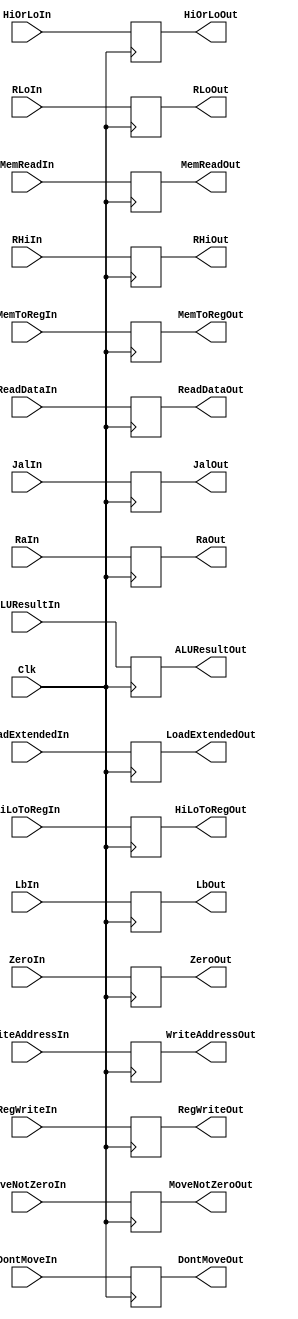
`timescale 1ns / 1ps
//////////////////////////////////////////////////////////////////////////////////
// Company: 
// Engineer: 
// 
// Design Name: 
// Module Name: MEM_WB
// Project Name: 
// Target Devices: 
// Tool Versions: 
// Description: 
// 
// Dependencies: 
// 
// Revision:
// Revision 0.01 - File Created
// Additional Comments:
// 
//////////////////////////////////////////////////////////////////////////////////


module MEM_WB(
    //inputs
    Clk,
    RegWriteIn,
    MoveNotZeroIn,
    DontMoveIn,
    HiOrLoIn,
    MemToRegIn,
    HiLoToRegIn,
    RHiIn,
    RLoIn,
    ZeroIn,
    ALUResultIn,
    WriteAddressIn,
    ReadDataIn,
    LbIn,
    LoadExtendedIn,
    // Extra input for forwarding
    MemReadIn,
    //outputs
    RegWriteOut,
    MoveNotZeroOut,
    DontMoveOut,
    HiOrLoOut,
    MemToRegOut,
    HiLoToRegOut,
    RHiOut,
    RLoOut,
    ZeroOut,
    ALUResultOut,
    WriteAddressOut,
    ReadDataOut,
    LbOut,
    LoadExtendedOut,
    // Extra output for forwarding
    MemReadOut,
    // Jal
    JalIn,
    JalOut,
    RaIn,
    RaOut
);
    
    
    input [31:0] RHiIn, RLoIn, ALUResultIn, ReadDataIn, RaIn;
    input [4:0] WriteAddressIn;
    input Clk, ZeroIn, RegWriteIn, MoveNotZeroIn, DontMoveIn, HiOrLoIn, MemToRegIn, HiLoToRegIn, LbIn, LoadExtendedIn, MemReadIn, JalIn;
    
    output reg [31:0] RHiOut, RLoOut, ALUResultOut, ReadDataOut, RaOut;
    output reg [4:0] WriteAddressOut;
    output reg RegWriteOut, ZeroOut, MoveNotZeroOut, DontMoveOut, HiOrLoOut, MemToRegOut, HiLoToRegOut, LbOut, LoadExtendedOut, MemReadOut, JalOut;
    
    always @(negedge Clk) begin
        RHiOut <= RHiIn;
        RLoOut <= RLoIn;
        ZeroOut <= ZeroIn;
        ALUResultOut <= ALUResultIn;
        ReadDataOut <= ReadDataIn;
        WriteAddressOut <= WriteAddressIn;
        RegWriteOut <= RegWriteIn;
        MoveNotZeroOut <= MoveNotZeroIn;
        DontMoveOut <= DontMoveIn;
        HiOrLoOut <= HiOrLoIn;
        MemToRegOut <= MemToRegIn;
        HiLoToRegOut <= HiLoToRegIn;
        LbOut <= LbIn;
        LoadExtendedOut <= LoadExtendedIn;
        MemReadOut <= MemReadIn;
        JalOut <= JalIn;
        RaOut <= RaIn;
    end

endmodule